Report of the Indian Hemp Drugs Commission, 1894-1895 - Volume IV
Year: 1894
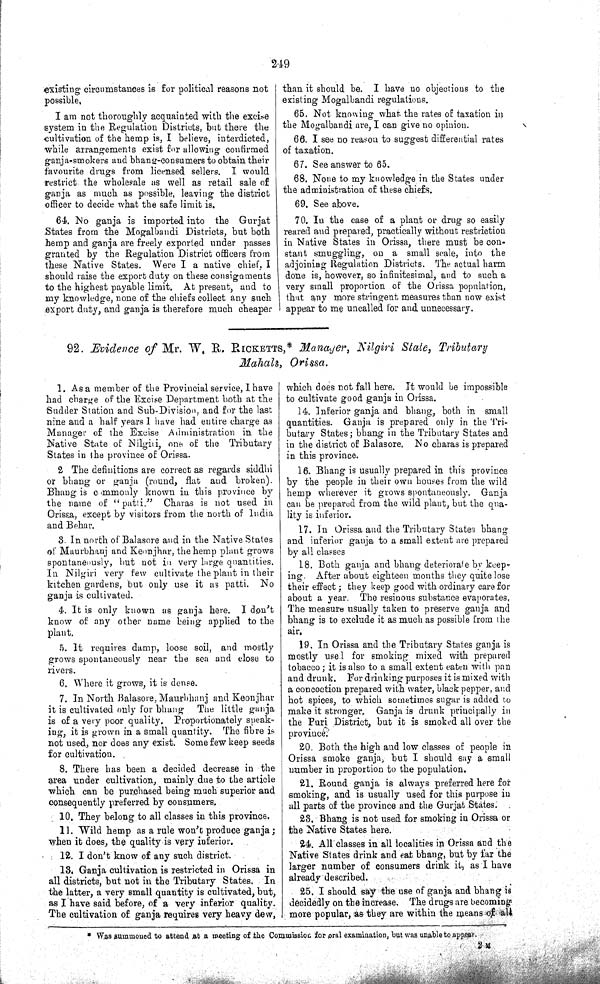
249
existing circumstances is for political reasons not
possible.
I am not thoroughly acquainted with the excise
system in the Regulation Districts, but there the
cultivation of the hemp is, I believe, interdicted,
while arrangements exist for allowing confirmed
ganja-smokers and bhang-consumers to obtain their
favourite drugs from licensed sellers. I would
restrict the wholesale as well as retail sale of
ganja as much as possible, leaving the district
officer to decide what the safe limit is.
64. No ganja is imported into the
Gurjat
States from the Mogalbandi Districts, but both
hemp and ganja are freely exported under passes
granted by the Regulation District officers from
these Native States. Were I a native chief. I
should raise the export duty on these consignments
to the highest payable limit. At present, and to
my knowledge, none of the chiefs collect any such
export duty, and ganja is therefore much cheaper
than it should be. I have no objections to the
existing Mogalbandi regulations.
65. Not knowing what the rates of taxation in
the Mogalbandi are, I can give no opinion.
66. I see no reason to suggest differential rates
of taxation.
67. See answer to 65.
68. None to my knowledge in the States under
the administration of these chiefs.
69. See above.
70. In the case of a plant or drug so easily
reared and prepared, practically without restriction
in Native States in Orissa, there must be con-
stant smuggling, on a small scale, into the
adjoining Regulation Districts. The actual harm
done is, however, so infinitesimal, and to such a
very small proportion of the Orissa population,
that any more stringent measures than now exist
appear to me uncalled for and unnecessary.
92. Evidence of Mr. W. R. RICKETTS,* Manager, Nilgiri State, Tributary
Mahals,
Orissa.
1. As a member of the Provincial service, I have
had charge of the Excise Department both at the
Sudder Station and Sub-Division, and for the last
nine and a half years 1 have had entire charge as
Manager of the Excise Administration in the
Native State of Nilgiri, one of the Tributary
States in the province of Orissa.
2 The definitions are correct as regards siddhi
or bhang or ganja (round, flat and broken).
Bhang is commonly known in this province by
the name of "patti."
Charas is not used in
Orissa, except by visitors from the north of India
and Behar.
3. In north of Balasore and in the Native States
of Maurbhanj and Keonjhar, the hemp plant grows
spontaneously, but not in very large quantities.
In Nilgiri very few cultivate the plant in their
kitchen gardens, but only use it as patti.
No
ganja is cultivated.
4. It is only known as ganja here. I don't
know of any other name being applied to the
plant.
5. It requires damp, loose soil, and mostly
grows spontaneously near the sea and close to
rivers.
6. Where it grows, it is dense.
7. In North Balasore, Maurbhanj and Keonjhar
it is cultivated only for bhang
The little ganja
is of a very poor quality. Proportionately speak-
ing, it is grown in a small quantity. The fibre is
not used, nor does any exist. Some few keep seeds
for cultivation.
8. There has been a decided decrease in the
area under cultivation, mainly due to the article
which can be purchased being much superior and
consequently preferred by consumers.
10. They belong to all classes in this province.
11. Wild hemp as a rule won't produce ganja;
when it does, the quality is very inferior.
12.
I don't know of any such district.
13. Ganja cultivation is restricted in Orissa in
all districts, but not in the Tributary States.
In
the latter, a very small quantity is cultivated, but,
as I have said before, of a very inferior quality.
The cultivation of ganja requires very heavy dew,
which does not fall here. It would be impossible
to cultivate good ganja in Orissa.
14. Inferior ganja and bhang, both in small
quantities. Ganja is prepared only in the Tri-
butary States; bhang in the Tributary States and
in the district of Balasore. No charas is prepared
in this province.
16. Bhang is usually prepared in this province
by the people in their own houses from the wild
hemp wherever it grows spontaneously. Ganja
can be prepared from the wild plant, but the qua-
lity is inferior.
17. In Orissa and the Tributary States bhang
and inferior ganja to a small extent are prepared
by all classes
18. Both ganja and bhang deteriorate by keep-
ing. After about eighteen months they quite lose
their effect; they keep good with ordinary care for
about a year. The resinous substance evaporates,
The measure usually taken to preserve ganja and
bhang is to exclude it as much as possible from the
air.
19. In Orissa and the Tributary States ganja is
mostly used for smoking mixed with prepared
tobacco; it is also to a small extent eaten with pan
and drunk. For drinking purposes it is mixed with
a concoction prepared with water, black pepper, and
hot spices, to which sometimes sugar is added to
make it stronger, Ganja is drunk principally in
the Puri District, but it is smoked all over the
province.
20. Both the high and low classes of people in
Orissa smoke ganja, but I should say a small
number in proportion to the population.
21. Round ganja is always preferred here for
smoking, and is usually used for this purpose in
all parts of the province and the Gurjat States.
23. Bhang is not used for smoking in Orissa or
the Native States here.
24. All classes in all localities in Orissa and the
Native States drink and eat bhang, but by far the
larger number of consumers drink it, as I have
already described.
25. I should say the use of ganja and bhang is
decidedly on the increase. The drugs are becoming
more popular, as they are within the means of all
* Was summoned to attend at a meeting of the Commission for oral examination, but was unable to appear.
2 M